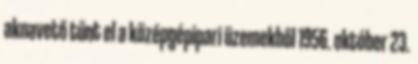
aknavető tűnt el a középgépipari üzemekből 1956. október 23.